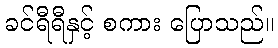
ခင်ရီရီနှင့် စကား ပြောသည်။